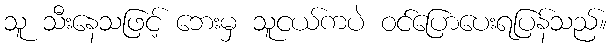
သူ သီးနေသဖြင့် ဘေးမှ သူငယ်ကပဲ ဝင်ပြောပေးရပြန်သည်။